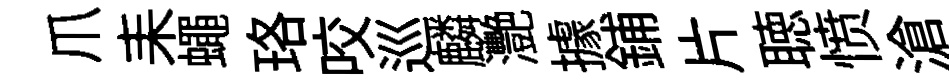
爪耒蠅珞咬巡麟灧據鋪片聴愤滄